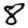
Digit: 8